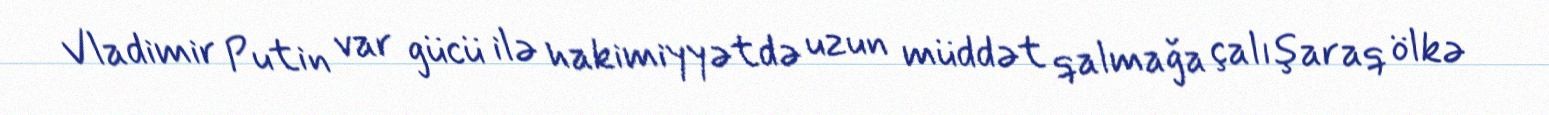
Vladimir Putin var gücü ilə hakimiyyətdə uzun müddət qalmağa çalışaraq ölkə